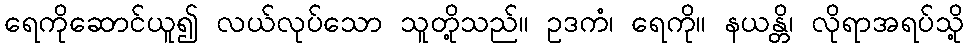
ရေကိုဆောင်ယူ၍ လယ်လုပ်သော သူတို့သည်။ ဥဒကံ၊ ရေကို။ နယန္တိ၊ လိုရာအရပ်သို့